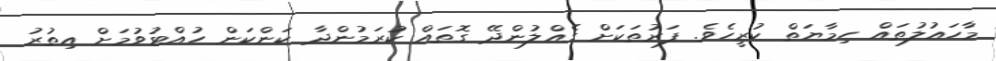
މާހައުލުތައް ހިމާޔަތް ކުރީހެވެ. ފަރުތަކަށް ގެއްލުންދޭ ގޮތައް ކުރަމުންދާ ކަންކަން ހުއްޓުވުމަށް އިތުރު